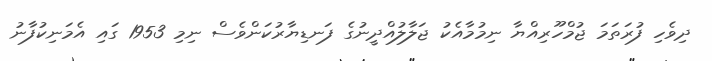
ދިވެހި ފުރަތަމަ ޖުމްހޫރިއްޔާ ނިމުމާއެކު ޖަލާލުއްދީނުގެ ފަނޑިޔާރުކަންވެސް ނިމި 1953 ގައި އެމަނިކުފާނު